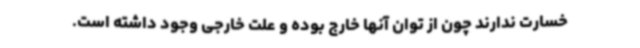
خسارت ندارند چون از توان آنها خارج بوده و علت خارجی وجود داشته است.